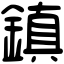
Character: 鎮